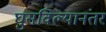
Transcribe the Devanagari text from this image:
घुसविल्यानंतर